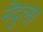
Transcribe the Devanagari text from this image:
नेदुला